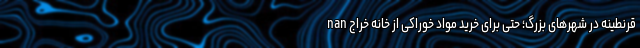
nan قرنطینه در شهرهای بزرگ؛ حتی برای خرید مواد خوراکی از خانه خراج